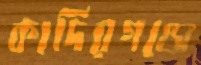
কাদিরগঞ্জে